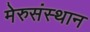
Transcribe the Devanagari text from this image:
मेरुसंस्थान